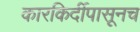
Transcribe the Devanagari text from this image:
कारकिर्दीपासूनच